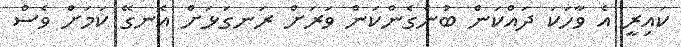
ކައިރީ އެ ވާހަކަ ދައްކަން ބުނެގެންކަން ވަރަށް ރަނގަޅަށް އެނގޭ ކަމަށް ވެސް